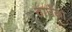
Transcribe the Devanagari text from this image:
ठाउँको